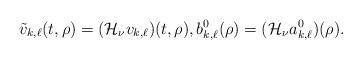
LaTeX: \begin{align*}\tilde{v}_{k,\ell}(t,\rho)=(\mathcal{H}_{\nu}v_{k,\ell})(t,\rho),b^0_{k,\ell}(\rho)=(\mathcal{H}_{\nu}a^0_{k,\ell})(\rho).\end{align*}